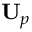
\mathbf { U } _ { p }